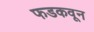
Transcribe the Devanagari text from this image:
फडकवून